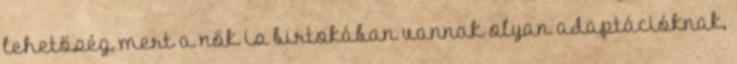
lehetőség, mert a nők is birtokában vannak olyan adaptációknak,